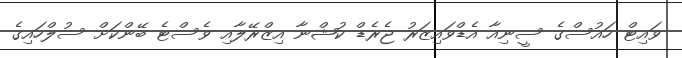
ވައިޓް ހައުސްގެ ސީނިއާ އެޑްވައިޒަރު ޖެރެޑް ކުޝްނާ އިޒްރޭލާއި ވެސްޓެ ބޭންކަށް ސުލްހައިގެ